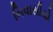
નિવાસીયો